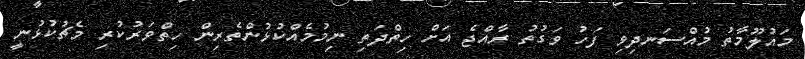
މައުލޫމާތު މުއްސަނދިވި ފަހު ވަގުތު ރާއްޖެ އަށް ހިތްދަތި ނިމުމެއްކުޅުންތެރިން ހިތްވަރުކުރި މެޗުކުޅުނީ